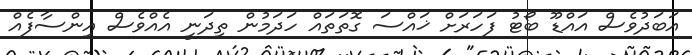
އަބަދުވެސް އައްޑޫ ބޯޓު ފަހަރަށް ޚައްސަ ގޮތަތައް ހަދަމުން ތިދަނީ އެއްވެސް އިންސާފެއް